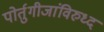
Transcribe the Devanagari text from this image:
पोर्तुगीजांविरुध्द